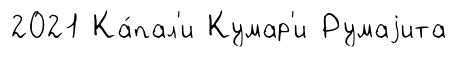
2021 Ка́пал'и Кумар'и Румаjита